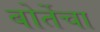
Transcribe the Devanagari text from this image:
बोर्तेचा